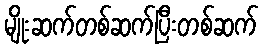
မျိုးဆက်တစ်ဆက်ပြီးတစ်ဆက်